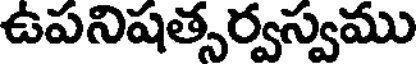
ఉపనిషత్సర్వస్వము